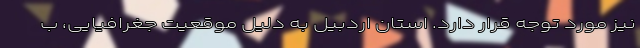
نیز مورد توجه قرار دارد. استان اردبیل به دلیل موقعیت جغرافیایی، ب